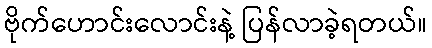
ဗိုက်ဟောင်းလောင်းနဲ့ ပြန်လာခဲ့ရတယ်။